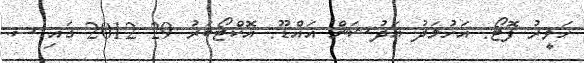
ހަވީރު ފޮޓޯ: އަހުމަދު އަދުޝަން އައްޑޫ: އޮކްޓޯބަރު 29 2012 ގައި ސ.